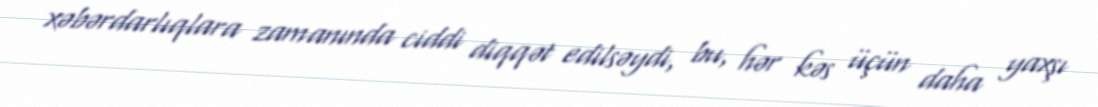
xəbərdarlıqlara zamanında ciddi diqqət edilsəydi, bu, hər kəs üçün daha yaxşı